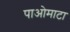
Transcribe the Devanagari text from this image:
पाओमाटा